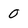
Character: 0